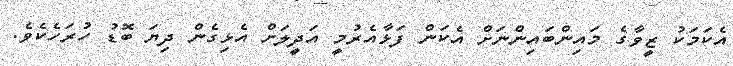
އެކަމަކު ޒީވާގެ މައިންބައިންނަށް އެކަން ފަޅާއެރުމީ އަދީލަށް އެޅިގެން ދިޔަ ބޮޑު ހުރަހެކެވެ.